Scottish Leaving Certificate Examination, 1957
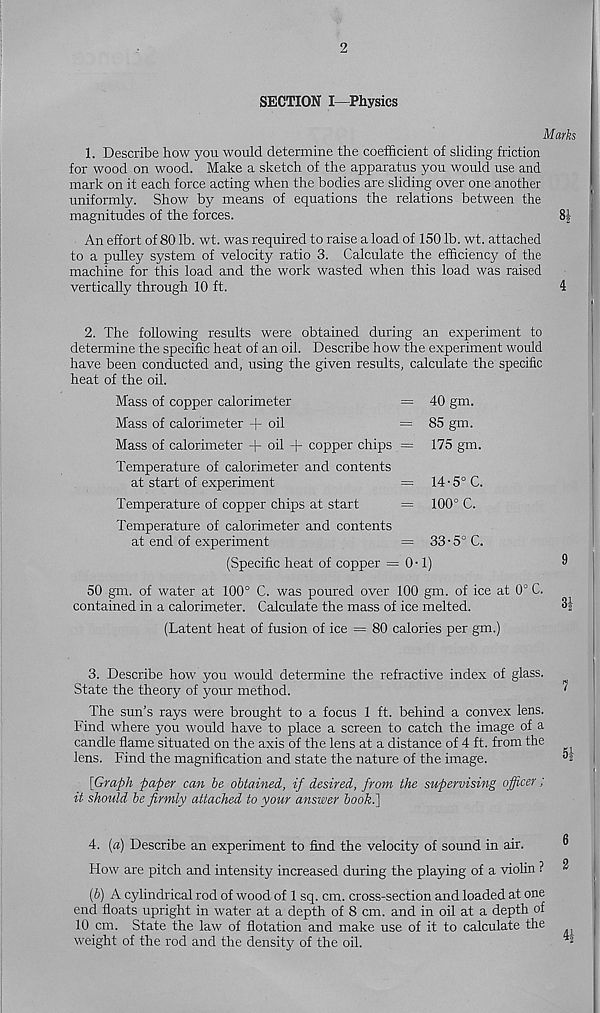
2
SECTION I—Physics
Marks
1. Describe how you would determine the coefficient of sliding friction
for wood on wood. Make a sketch of the apparatus you would use and
mark on it each force acting when the bodies are sliding over one another
uniformly. Show by means of equations the relations between the
magnitudes of the forces.
8|
An effort of 80 lb. wt. was required to raise a load of 150 lb. wt. attached
to a pulley system of velocity ratio 3. Calculate the efficiency of the
machine for this load and the work wasted when this load was raised
vertically through 10 ft.
4
2. The following results were obtained during an experiment to
determine the specific heat of an oil. Describe how the experiment would
have been conducted and, using the given results, calculate the specific
heat of the oil.
Mass of copper calorimeter
= 40 gm.
Mass of calorimeter + oil
= 85 gm.
Mass of calorimeter + oil + copper chips = 175 gm.
Temperature of calorimeter and contents
at start of experiment
= 14-5°C.
Temperature of copper chips at start
= 100° C.
Temperature of calorimeter and contents
at end of experiment
= 33 • 5° C.
(Specific heat of copper = 0-1)
“
50 gm. of water at 100° C. was poured over 100 gm. of ice at 0° C.
contained in a calorimeter. Calculate the mass of ice melted.
(Latent heat of fusion of ice = 80 calories per gm.)
3. Describe how you would determine the refractive index of glass.
State the theory of your method.
'
The sun’s rays were brought to a focus 1 ft. behind a convex lens.
Find where you would have to place a screen to catch the image of a
candle flame situated on the axis of the lens at a distance of 4 ft. from the
lens. Find the magnification and state the nature of the image.
[Graph paper can he obtained, if desired, from the supervising officer;
it should he firmly attached to your answer hooki]
4. [a) Describe an experiment to find the velocity of sound in air.
How are pitch and intensity increased during the playing of a violin ? ^
(&) A cylindrical rod of wood of 1 sq. cm. cross-section and loaded at one
end floats upright in water at a depth of 8 cm. and in oil at a depth of
10 cm. State the law of flotation and make use of it to calculate the
weight of the rod and the density of the oil.
2